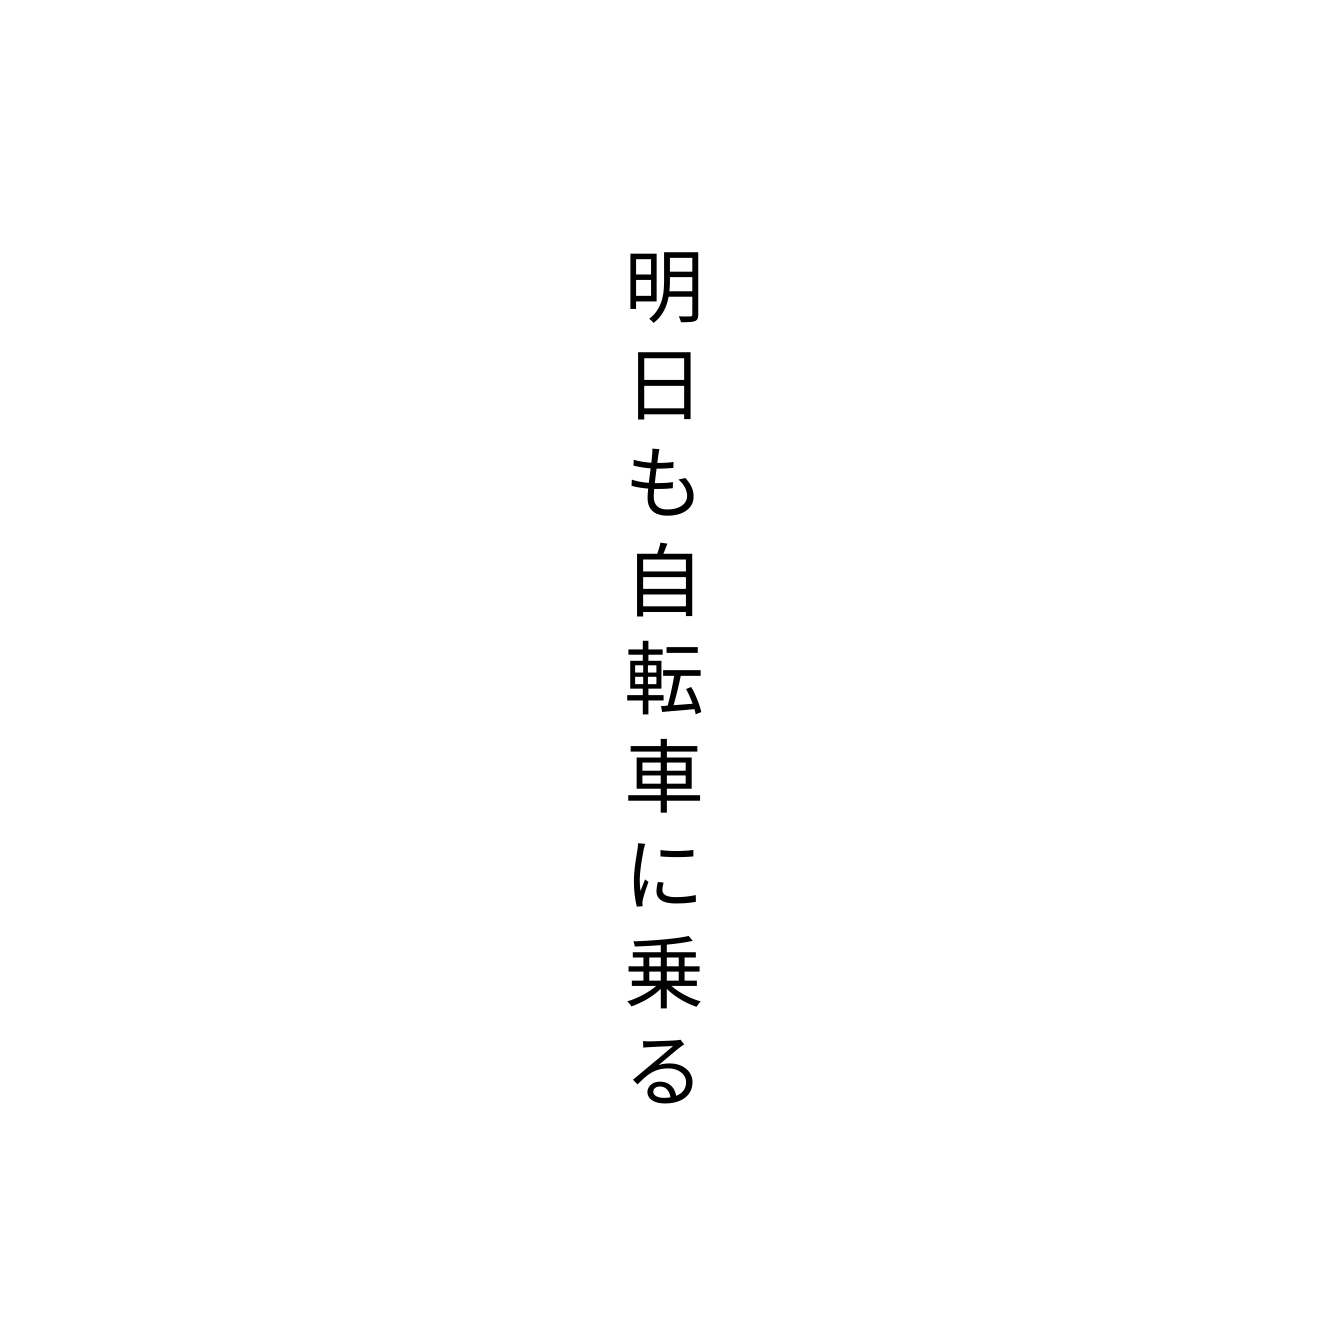
明日も自転車に乗る